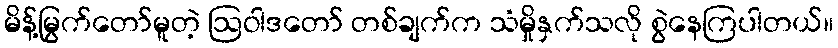
မိန့်မြွက်တော်မူတဲ့ ဩဝါဒတော် တစ်ချက်က သံမှိုနှက်သလို စွဲနေကြပါတယ်။